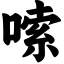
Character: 嗦